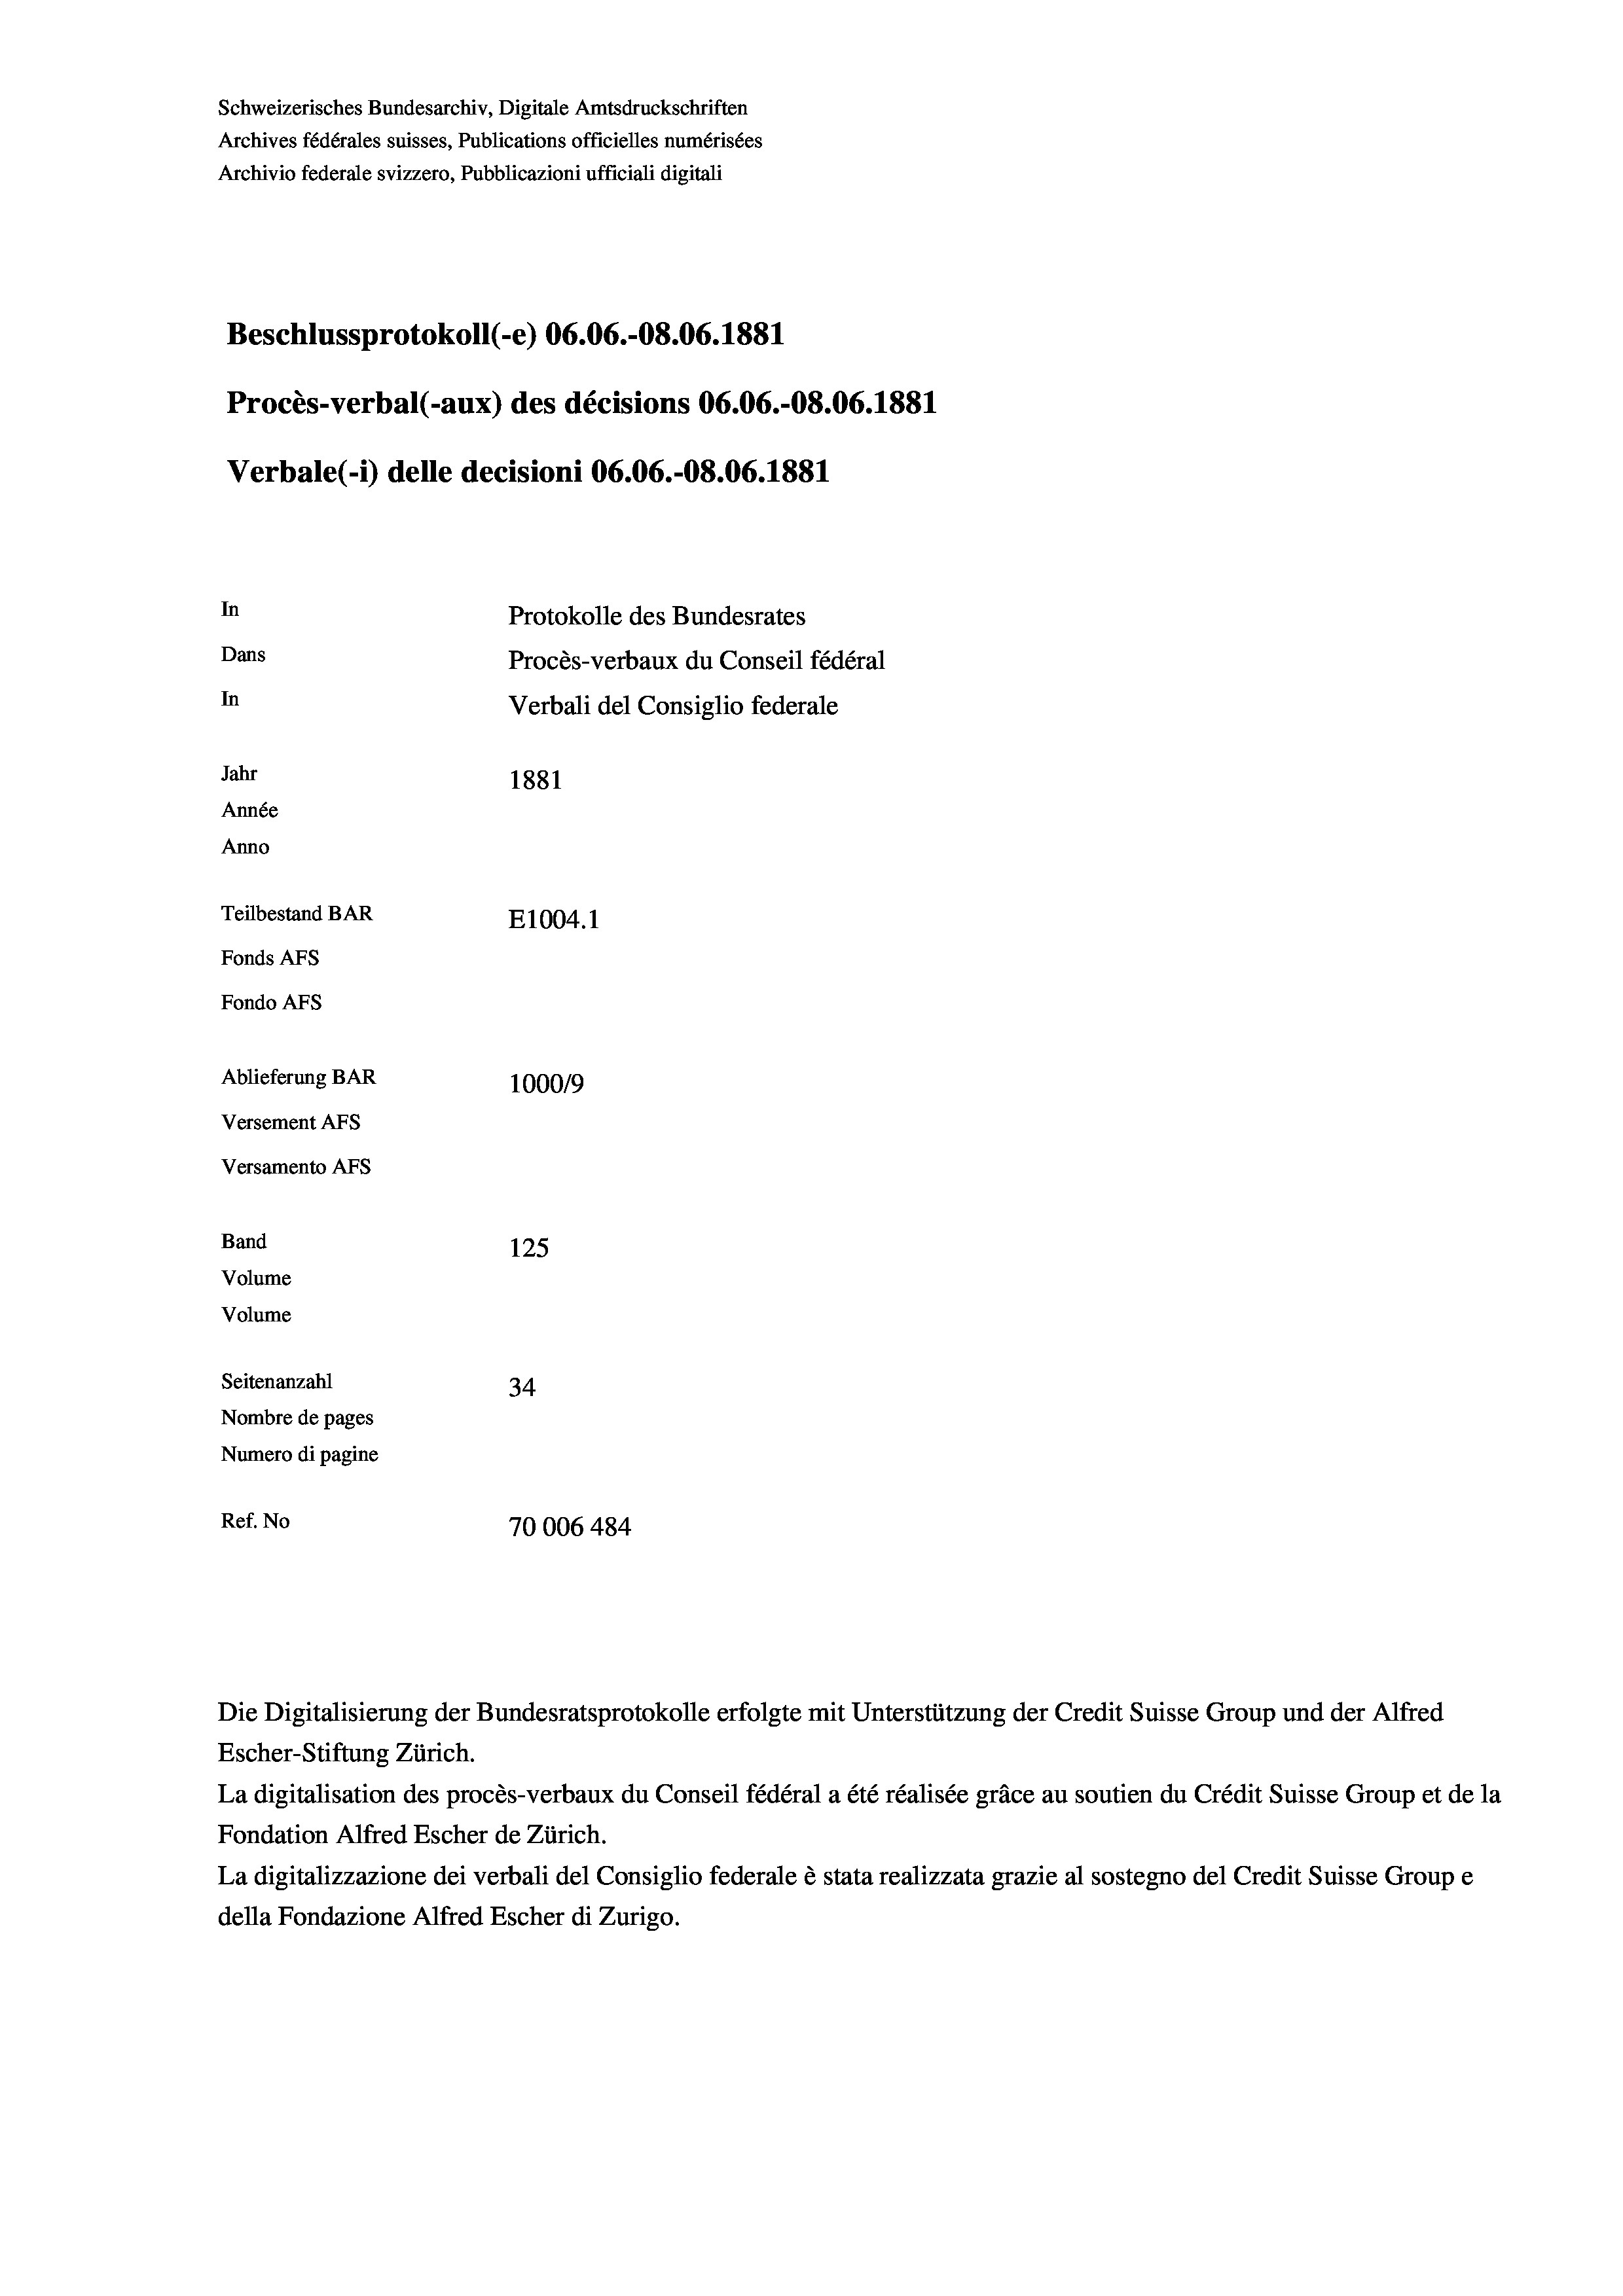
Schweizerisches Bundesarchiv, Digitale Amtsdruckschriften
Archives fédérales suisses, Publications officielles numérisées
Archivio federale svizzero, Pubblicazioni ufficiali digitali
Beschlussprotokoll (e) 06.06.-08.06. 1881
Procès-verbal (-aux) des décisions 06.06.-OS.06. 1881
Verbale (i) delle decisioni 06.06.-O8.06. 1881
In
Protokolle des Bundesrates
Dans
Procès-verbaux du Conseil fédéral
In
Verbali del Consiglio federale
Jahr
1881
Année
Anno
Teilbestand BAR
E1004. 1
Fonds AFs
Fondo Afs
Ablieferung BAR
100019
Versement AFs
Versamento Afs
Band
125
Volume
Volume
Seitenanzahl
34.
Nombre de pages
Numero di pagine
Ref. No
70006 484

Die Digitalisierung der Bundesratsprotokolle erfolgte mit Unterstützung der Credit Suisse Group und der Alfred
Escher-Stiftung Zürich.
La digitalisation des procès-verbaux du Conseil fédéral a été réalisée gräce au soutien du Crédit Suisse Group et de la
Fondation Alfred Escher de Zürich.
La digitalizzazione dei verbali del Consiglio federale è stata realizzata grazie al sostegno del Credit Suisse Groupe
della Fondazione Alfred Escher di Zurigo.